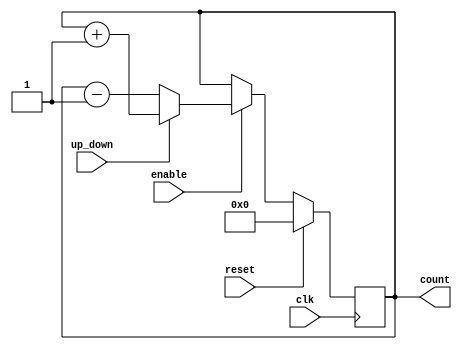
module parallel_counter (
    input wire clk,          // Clock signal
    input wire reset,        // Synchronous reset signal
    input wire enable,       // Enable signal
    input wire up_down,      // Up/Down control signal (1 for up, 0 for down)
    output reg [n-1:0] count // n-bit counter output
);
    parameter n = 4; // Number of bits in the counter

    always @(posedge clk) begin
        if (reset) begin
            count <= 0; // Reset the counter to 0
        end else if (enable) begin
            if (up_down) begin
                count <= count + 1; // Increment the counter
            end else begin
                count <= count - 1; // Decrement the counter
            end
        end
    end
endmodule